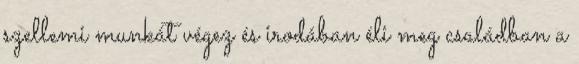
szellemi munkát végez és irodában éli meg családban a